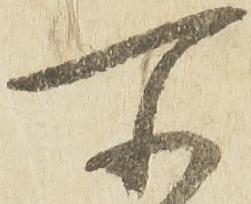
所